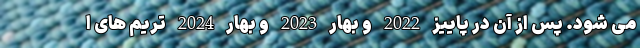
می شود. پس از آن در پاییز 2022 و بهار 2023 و بهار 2024 تریم های ا